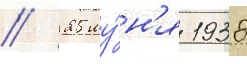
// 25 иу́н'я 1938